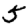
Digit: 5